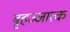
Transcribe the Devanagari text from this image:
बृहज्जात्क